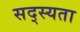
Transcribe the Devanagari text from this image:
सद्स्यता